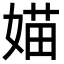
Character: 媌